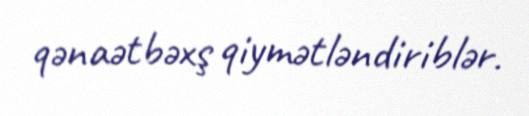
qənaətbəxş qiymətləndiriblər.